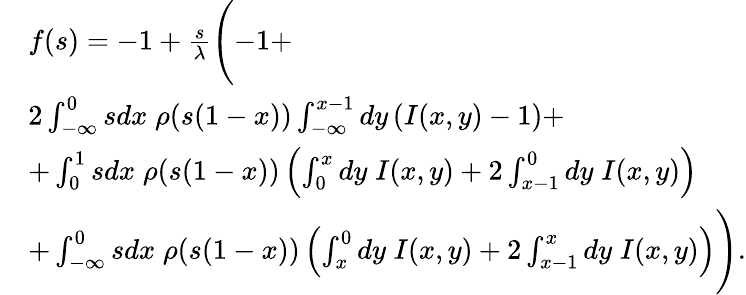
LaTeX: \begin{array}{rl}&{f(s)=-1+\frac{s}{\lambda}\Biggl(-1+}\\ &{2\int_{-\infty}^{0}sdx\; \rho(s(1-x))\int_{-\infty}^{x-1}dy\left(I(x,y)-1\right)+}\\ &{+\int_{0}^{1}sdx\; \rho(s(1-x))\left(\int_{0}^{x}dy\; I(x,y)+2\int_{x-1}^{0}dy\; I(x,y)\right)}\\ &{+\int_{-\infty}^{0}sdx\; \rho(s(1-x))\left(\int_{x}^{0}dy\; I(x,y)+2\int_{x-1}^{x}dy\; I(x,y)\right)\Biggr).}\end{array}